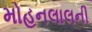
મોહનલાલની